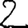
Digit: 2